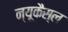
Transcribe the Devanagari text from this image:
न्यूकैस्ल